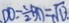
D O = \frac { 1 } { 2 } B D = \sqrt { 1 3 . }